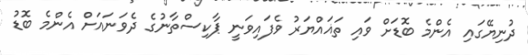
ދުނިޔޭގައި އެންމެ ބޮޑަށް ވައި ތަޣައްޔަރު ވެފައިވަނީ ޕާކިސްތާނުގެ ދެވަނައަށް އެންމެ ބޮޑު